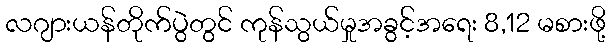
လဂျားယန်တိုက်ပွဲတွင် ကုန်သွယ်မှုအခွင့်အရေး 8,12 မစားဖို့